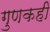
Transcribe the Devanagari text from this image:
गुणकही